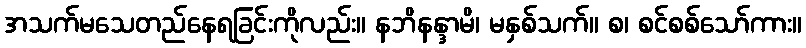
အသက်မသေတည်နေရခြင်းကိုလည်း။ နဘိနန္ဒာမိ၊ မနှစ်သက်။ စ၊ စင်စစ်သော်ကား။